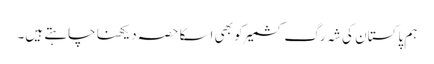
ہم پاکستان کی شہ رگ کشمیر کو بھی اسکا حصہ دیکھنا چاہتے ہیں۔